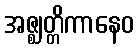
အဇ္ဈတ္တိကာနေဝ